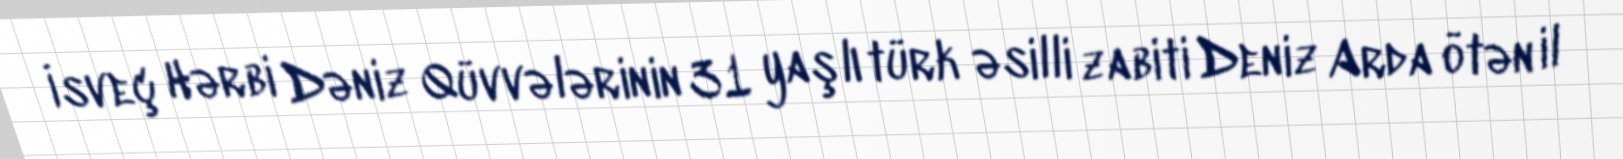
İsveç Hərbi Dəniz Qüvvələrinin 31 yaşlı türk əsilli zabiti Deniz Arda ötən il